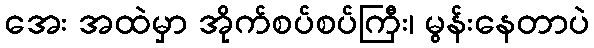
အေး အထဲမှာ အိုက်စပ်စပ်ကြီး၊ မွန်းနေတာပဲ